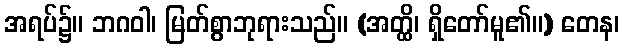
အရပ်၌။ ဘဂဝါ၊ မြတ်စွာဘုရားသည်။ (အတ္ထိ၊ ရှိတော်မူ၏။) တေန၊